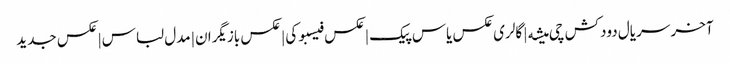
آخر سریال دودکش چی میشه | گالری عکس یاس پیک | عکس فیسبوکی | عکس بازیگران | مدل لباس | عکس جدید